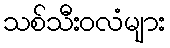
သစ်သီးဝလံများ